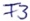
Text: F3